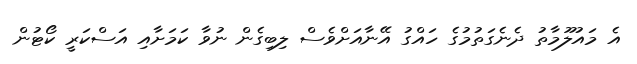
އެ މައުލޫމާތު ދެނެގަތުމުގެ ހައްގު އޭނާއަށްވެސް ލިބިގެން ނުވާ ކަމަށާއި އަސްކަރީ ކޯޓުން